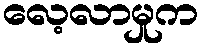
လေ့လာမှုက